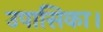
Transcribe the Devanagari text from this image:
उपासिका।